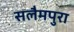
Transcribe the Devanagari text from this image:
सलैमपुरा